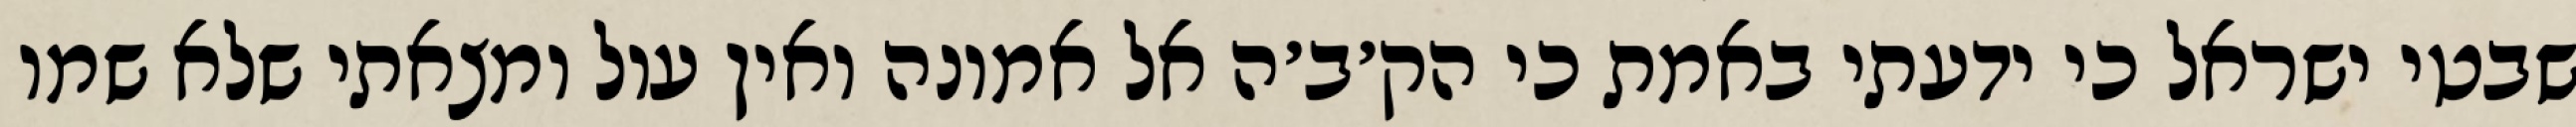
שבטי ישראל כי ידעתי באמת כי הק׳ב׳ה אל אמונה ואין עול ומצאתי שלא שמו